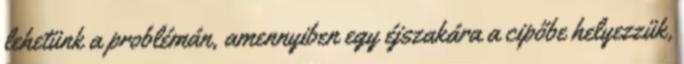
lehetünk a problémán, amennyiben egy éjszakára a cipőbe helyezzük,